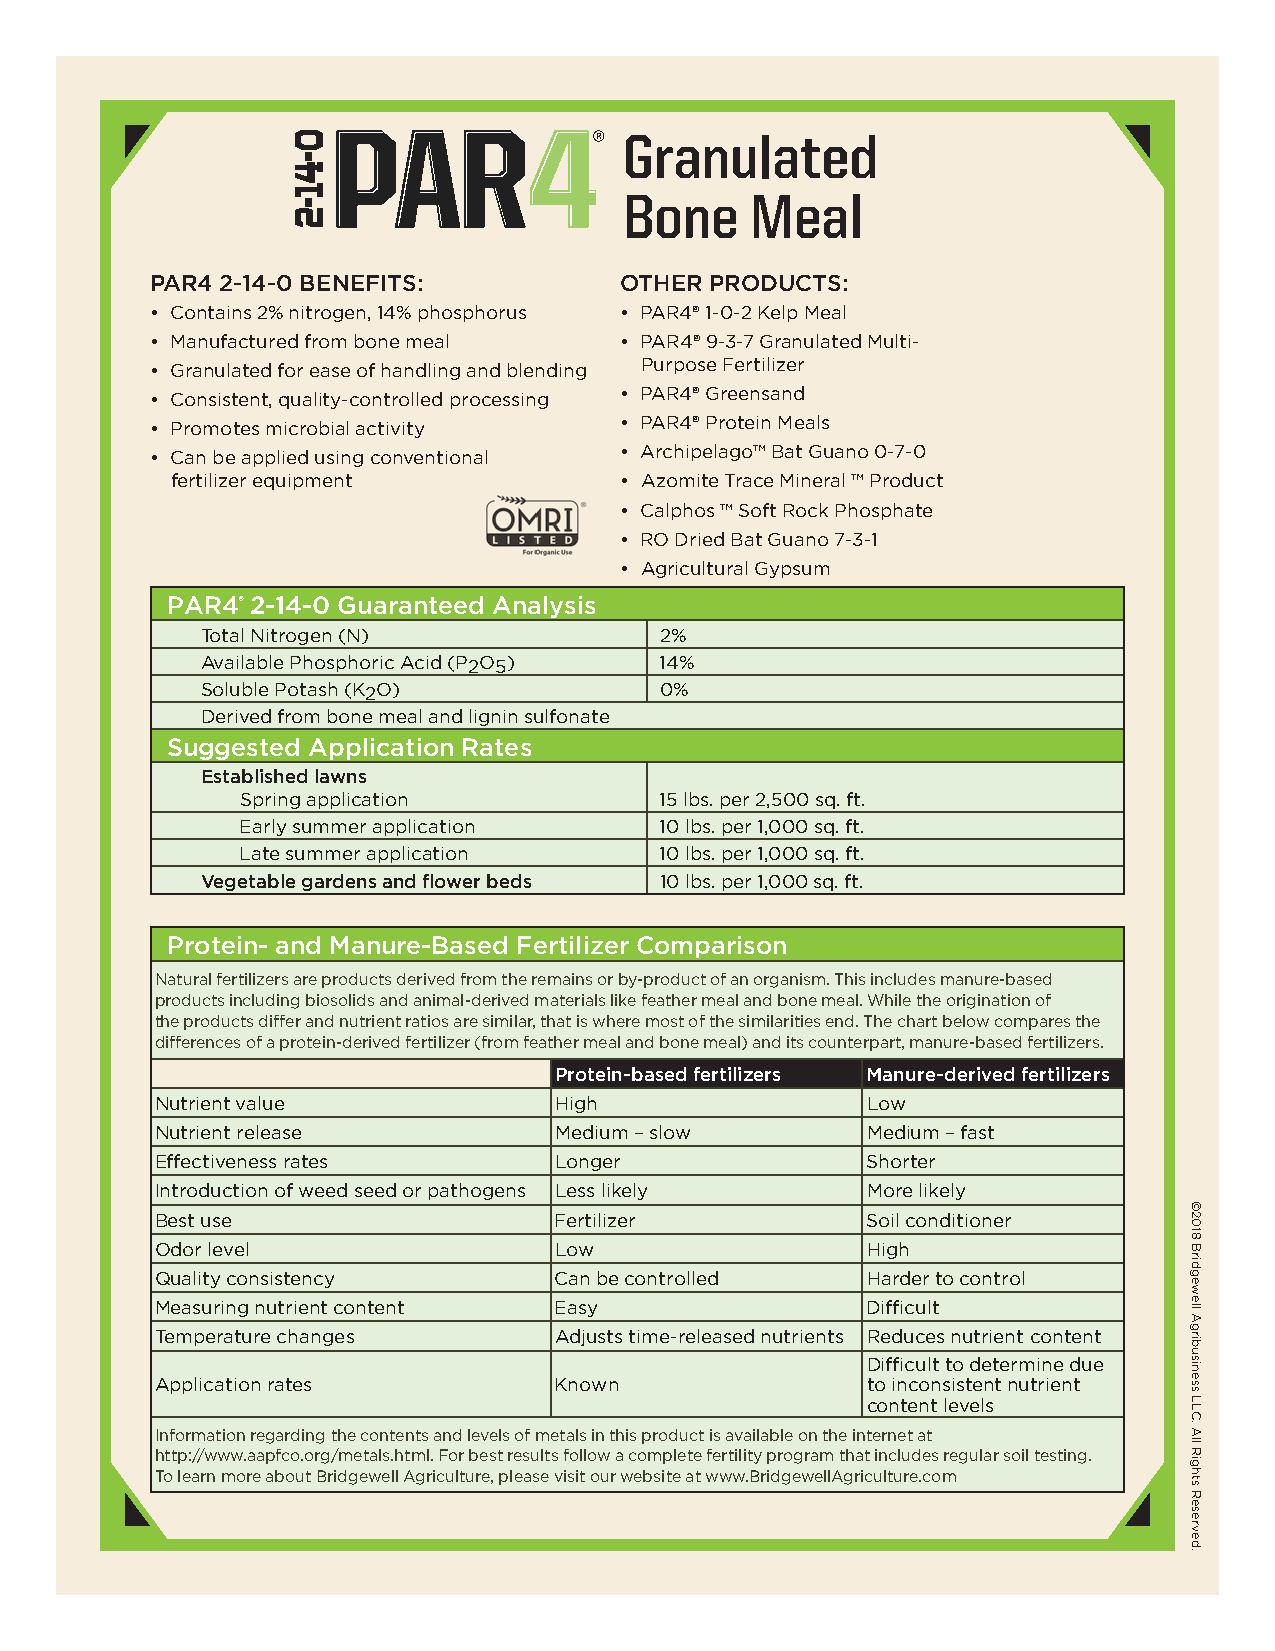
Granulated
 Bone     Meal
 PAR4 2-14-0 BENEFITS:          OTHER PRODUCTS:
 • Contains 2% nitrogen, 14% phosphorus • PAR4® 1-0-2 Kelp Meal
 • Manufactured from bone meal  • PAR4® 9-3-7 Granulated Multi-
 Purpose Fertilizer
 • Granulated for ease of handling and blending
 • PAR4® Greensand
 • Consistent, quality-controlled processing
 • PAR4® Protein Meals
 • Promotes microbial activity
 • Archipelago™ Bat Guano 0-7-0
 • Can be applied using conventional
 fertilizer equipment          • Azomite Trace Mineral ™ Product
 • Calphos ™ Soft Rock Phosphate
 • RO Dried Bat Guano 7-3-1
 • Agricultural Gypsum
 PAR4® 2-14-0 Guaranteed Analysis
 Total Nitrogen (N)             2%
 Available Phosphoric Acid (P2O5) 14%
 Soluble Potash (K2O)           0%
 Derived from bone meal and lignin sulfonate
 Suggested Application Rates
 Established lawns
 Spring application          15 lbs. per 2,500 sq. ft.
 Early summer application    10 lbs. per 1,000 sq. ft.
 Late summer application     10 lbs. per 1,000 sq. ft.
 Vegetable gardens and flower beds 10 lbs. per 1,000 sq. ft.
 Protein- and Manure-Based Fertilizer Comparison
 Natural fertilizers are products derived from the remains or by-product of an organism. This includes manure-based
 products including biosolids and animal-derived materials like feather meal and bone meal. While the origination of
 the products differ and nutrient ratios are similar, that is where most of the similarities end. The chart below compares the
 differences of a protein-derived fertilizer (from feather meal and bone meal) and its counterpart, manure-based fertilizers.
 Protein-based fertilizers Manure-derived fertilizers
 Nutrient value             High                Low
 Nutrient release           Medium – slow       Medium – fast
 Effectiveness rates        Longer              Shorter
 Introduction of weed seed or pathogens Less likely More likely
 Best use                   Fertilizer          Soil conditioner
 Odor level                 Low                 High
 Quality consistency        Can be controlled   Harder to control
 Measuring nutrient content Easy                Difficult
 Temperature changes        Adjusts time-released nutrients Reduces nutrient content
 Difficult to determine due
 Application rates          Known               to inconsistent nutrient
 content levels
 Information regarding the contents and levels of metals in this product is available on the internet at
 http://www.aapfco.org/metals.html. For best results follow a complete fertility program that includes regular soil testing.
 To learn more about Bridgewell Agriculture, please visit our website at www.BridgewellAgriculture.com
 0-41-2
 ©2018
 Bridgewell
 Agribusiness
 LLC.
 All
 Rights
 Reserved.